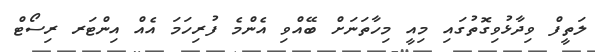
ލަތީފް ވިދާޅުވިގޮތުގައި މިއީ މިހާތަނަށް ބޭއްވި އެންމެ ފުރިހަމަ އެއް އިންޓަރ ރިސޯޓް